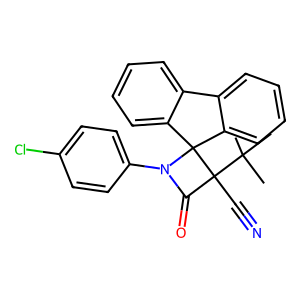
SMILES: CC(C)(C)C1(C#N)C(=O)N(c2ccc(Cl)cc2)C12c1ccccc1-c1ccccc12
Inhibits HIV replication: No